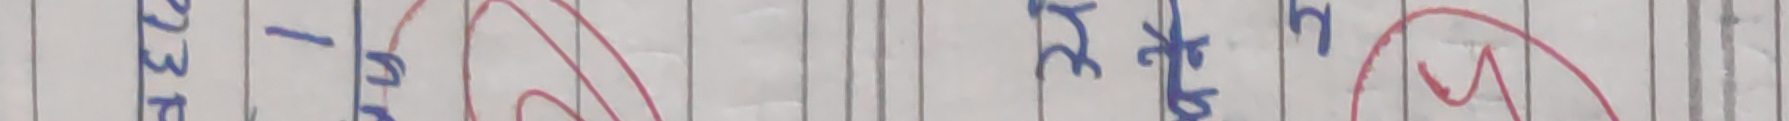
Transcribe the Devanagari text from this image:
२२ चैत्र १